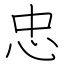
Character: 忠